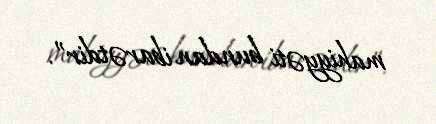
mahiyyəti bundan ibarətdir”.